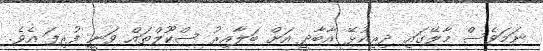
ނަމަވެސް މާލޭގައި ދިރިއުޅޭ އާބާދީ އަށް ބަލާއިރު ސްކޫލްތައް ވަނީ ފުރިފަ އެވެ.